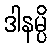
ဒါနမ္ပိ